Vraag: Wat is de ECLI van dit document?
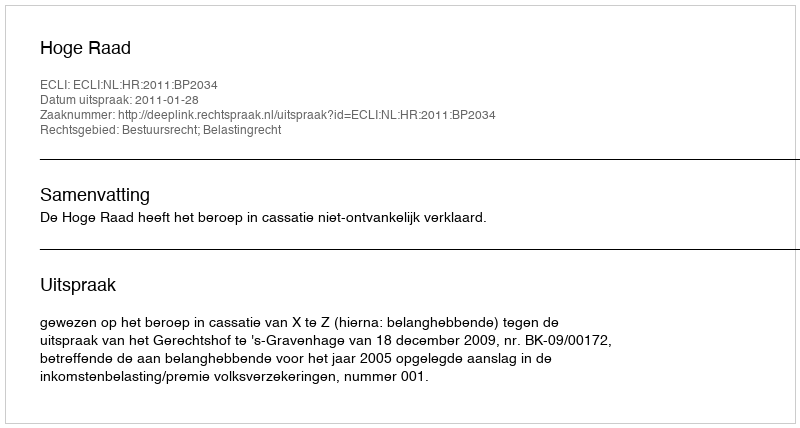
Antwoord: ECLI:NL:HR:2011:BP2034